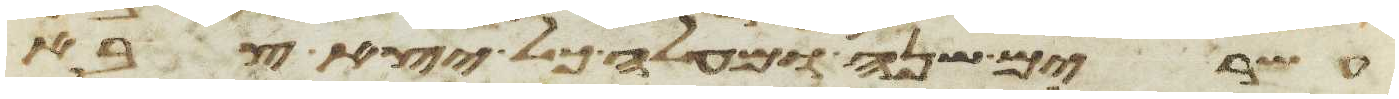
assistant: עשרים שנה ומעלה כל יצא צבא